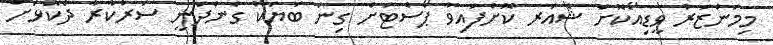
މިމަންޒަރު ވީޑިއޯކޮށް ޝެއަރ ކޮށްފައިވާ ޕޯސްޓަށް ގިނަ ބަޔަކު ގެންދަނީ ސަރުކާރާ ދެކޮޅަށް